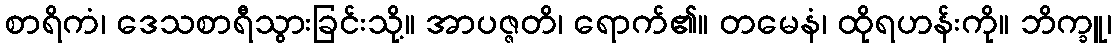
စာရိကံ၊ ဒေသစာရီသွားခြင်းသို့။ အာပဇ္ဇတိ၊ ရောက်၏။ တမေနံ၊ ထိုရဟန်းကို။ ဘိက္ခူ၊